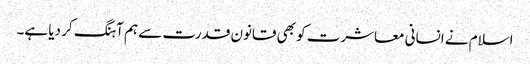
اسلام نے انسانی معاشرت کو بھی قانون قدرت سے ہم آہنگ کر دیا ہے۔